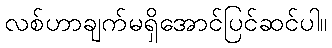
လစ်ဟာချက်မရှိအောင်ပြင်ဆင်ပါ။